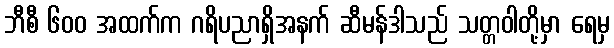
ဘီစီ ၆၀၀ အထက်က ဂရိပညာရှိအနက် ဆီမန်ဒါသည် သတ္တဝါတို့မှာ ရေမှ